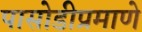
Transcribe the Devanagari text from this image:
पासोडीप्रमाणे